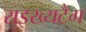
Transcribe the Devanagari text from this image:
राइख्यटैग